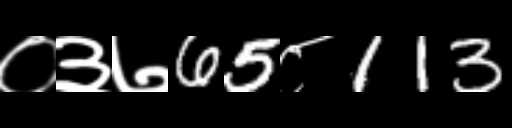
Text: ०३७65८113